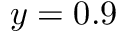
y = 0 . 9